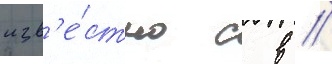
изв'е́стно с в /